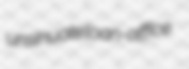
unsinuate loan-office